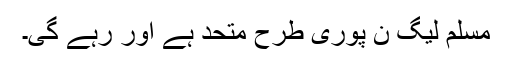
مسلم لیگ ن پوری طرح متحد ہے اور رہے گی۔